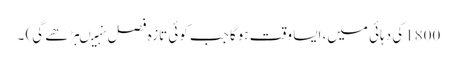
1800کی دہائی میں، ایسا وقت ہوگا جب کوئی تازہ فصل نہیںبڑھے گی) ۔